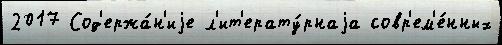
2017 Сод'ержа́н'иjе л'ит'ерату́рнаjа совр'ем'е́нных